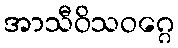
အာသီဝိသဝဂ္ဂေ